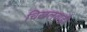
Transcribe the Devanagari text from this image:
चिखलवाही